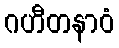
ဂဟီတနာဝံ